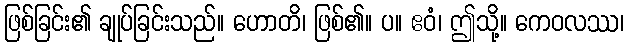
ဖြစ်ခြင်း၏ ချုပ်ခြင်းသည်။ ဟောတိ၊ ဖြစ်၏။ ပ။ ဧဝံ၊ ဤသို့။ ကေဝလဿ၊